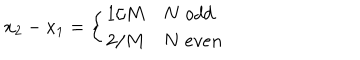
LaTeX: x _ { 2 } - x _ { 1 } = \left\{ \begin{array} { c l } { { 1 / M } } & { { N \; o d d } } \\ { { 2 / M } } & { { N \; e v e n } } \\ \end{array} \right.